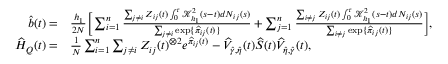
\begin{array} { r l } { \widehat b ( t ) = } & { \frac { h _ { 1 } } { 2 N } \bigg [ \sum _ { i = 1 } ^ { n } \frac { \sum _ { j \neq i } Z _ { i j } ( t ) \int _ { 0 } ^ { \tau } \mathcal { K } _ { h _ { 1 } } ^ { 2 } ( s - t ) d N _ { i j } ( s ) } { \sum _ { j \neq i } \exp \{ \widehat \pi _ { i j } ( t ) \} } + \sum _ { j = 1 } ^ { n } \frac { \sum _ { i \neq j } Z _ { i j } ( t ) \int _ { 0 } ^ { \tau } \mathcal { K } _ { h _ { 1 } } ^ { 2 } ( s - t ) d N _ { i j } ( s ) } { \sum _ { i \neq j } \exp \{ \widehat \pi _ { i j } ( t ) \} } \bigg ] , } \\ { \widehat H _ { Q } ( t ) = } & { \frac { 1 } { N } \sum _ { i = 1 } ^ { n } \sum _ { j \neq i } Z _ { i j } ( t ) ^ { \otimes 2 } e ^ { \widehat \pi _ { i j } ( t ) } - \widehat V _ { \widehat \gamma , \widehat \eta } ( t ) \widehat S ( t ) \widehat V _ { \widehat \eta , \widehat \gamma } ( t ) , } \end{array}